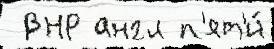
 ВНР англ п'ят'и́